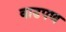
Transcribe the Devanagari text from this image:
वाढपण